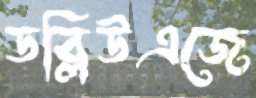
ডব্লিউএজে